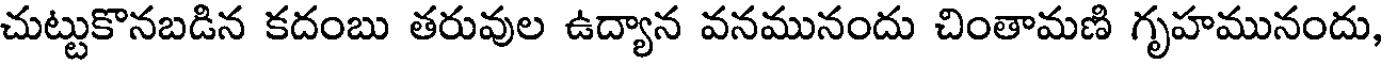
చుట్టుకొనబడిన కదంబు తరువుల ఉద్యాన వనమునందు చింతామణి గృహమునందు,